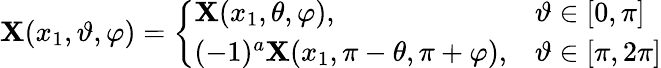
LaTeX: {\mathbf X}(x_{1},\vartheta,\varphi)=\left\{ \begin{array}{ll}{{\mathbf X}(x_{1},\theta,\varphi),}&{\vartheta\in[0,\pi]}\\ {(-1)^{a}{\mathbf X}(x_{1},\pi-\theta,\pi+\varphi),}&{\vartheta\in[\pi,2\pi]}\end{array}\right.